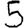
Digit: 5